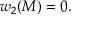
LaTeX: w _ { 2 } ( M ) = 0 .